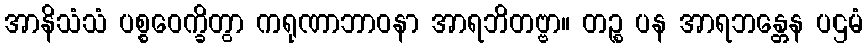
အာနိသံသံ ပစ္စဝေက္ခိတွာ ကရုဏာဘာဝနာ အာရဘိတဗ္ဗာ။ တဉ္စ ပန အာရဘန္တေန ပဌမံ